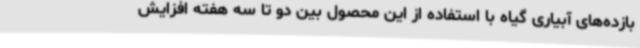
بازده‌های آبیاری گیاه با استفاده از این محصول بین دو تا سه هفته افزایش